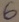
Text: 6